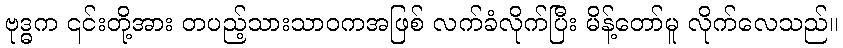
ဗုဒ္ဓက ၎င်းတို့အား တပည့်သားသာဝကအဖြစ် လက်ခံလိုက်ပြီး မိန့်တော်မူ လိုက်လေသည်။